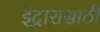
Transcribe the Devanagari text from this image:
इंद्रारासाठी